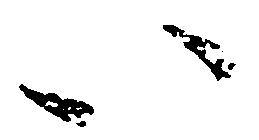
い